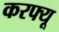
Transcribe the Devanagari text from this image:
करफ्यू